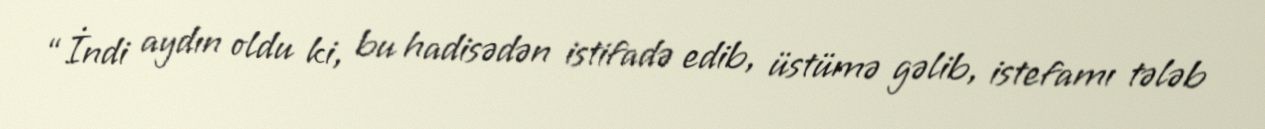
“İndi aydın oldu ki, bu hadisədən istifadə edib, üstümə gəlib, istefamı tələb